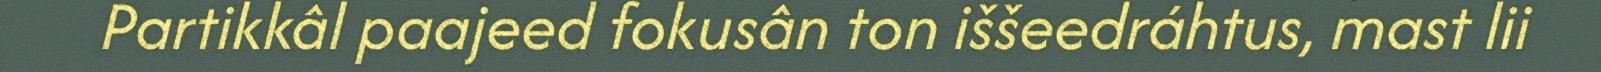
Partikkâl paajeed fokusân ton iššeedráhtus, mast lii